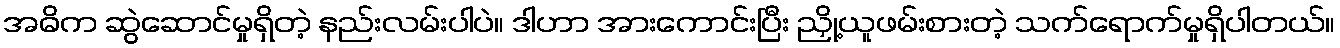
အဓိက ဆွဲဆောင်မှုရှိတဲ့ နည်းလမ်းပါပဲ။ ဒါဟာ အားကောင်းပြီး ညှို့ယူဖမ်းစားတဲ့ သက်ရောက်မှုရှိပါတယ်။